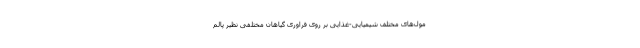
مول‌های مختلف شیمیایی-غذایی بر روی فراوری گیاهان مختلفی نظیر پالم